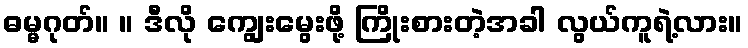
ဓမ္မဂုတ်။ ။ ဒီလို ကျွေးမွေးဖို့ ကြိုးစားတဲ့အခါ လွယ်ကူရဲ့လား။